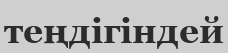
теңдігіндей